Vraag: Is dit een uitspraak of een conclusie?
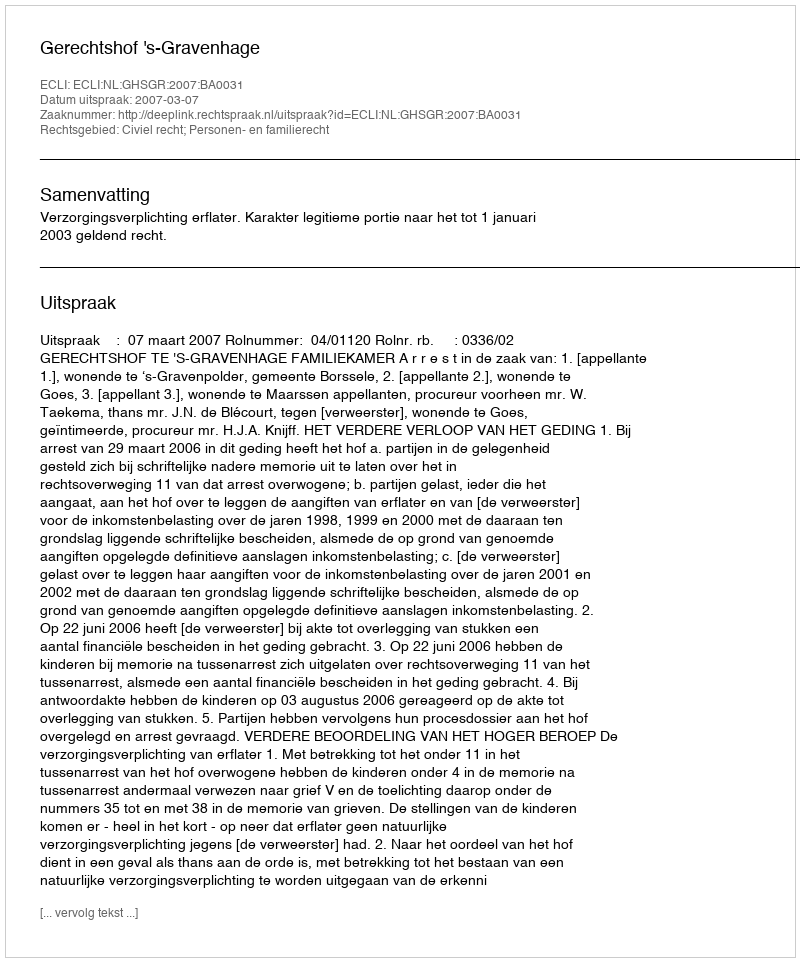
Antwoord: Uitspraak